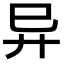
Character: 异